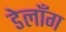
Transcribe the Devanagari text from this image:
डेलाँग